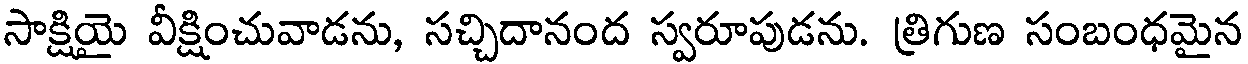
సాక్షియై వీక్షించువాడను, సచ్చిదానంద స్వరూపుడను. త్రిగుణ సంబంధమైన